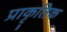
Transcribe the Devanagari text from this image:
प्राकृ्तिक